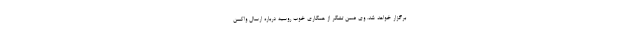
برگزار خواهد شد. وی ضمن تشکر از همکاری خوب روسیه درباره ارسال واکسن